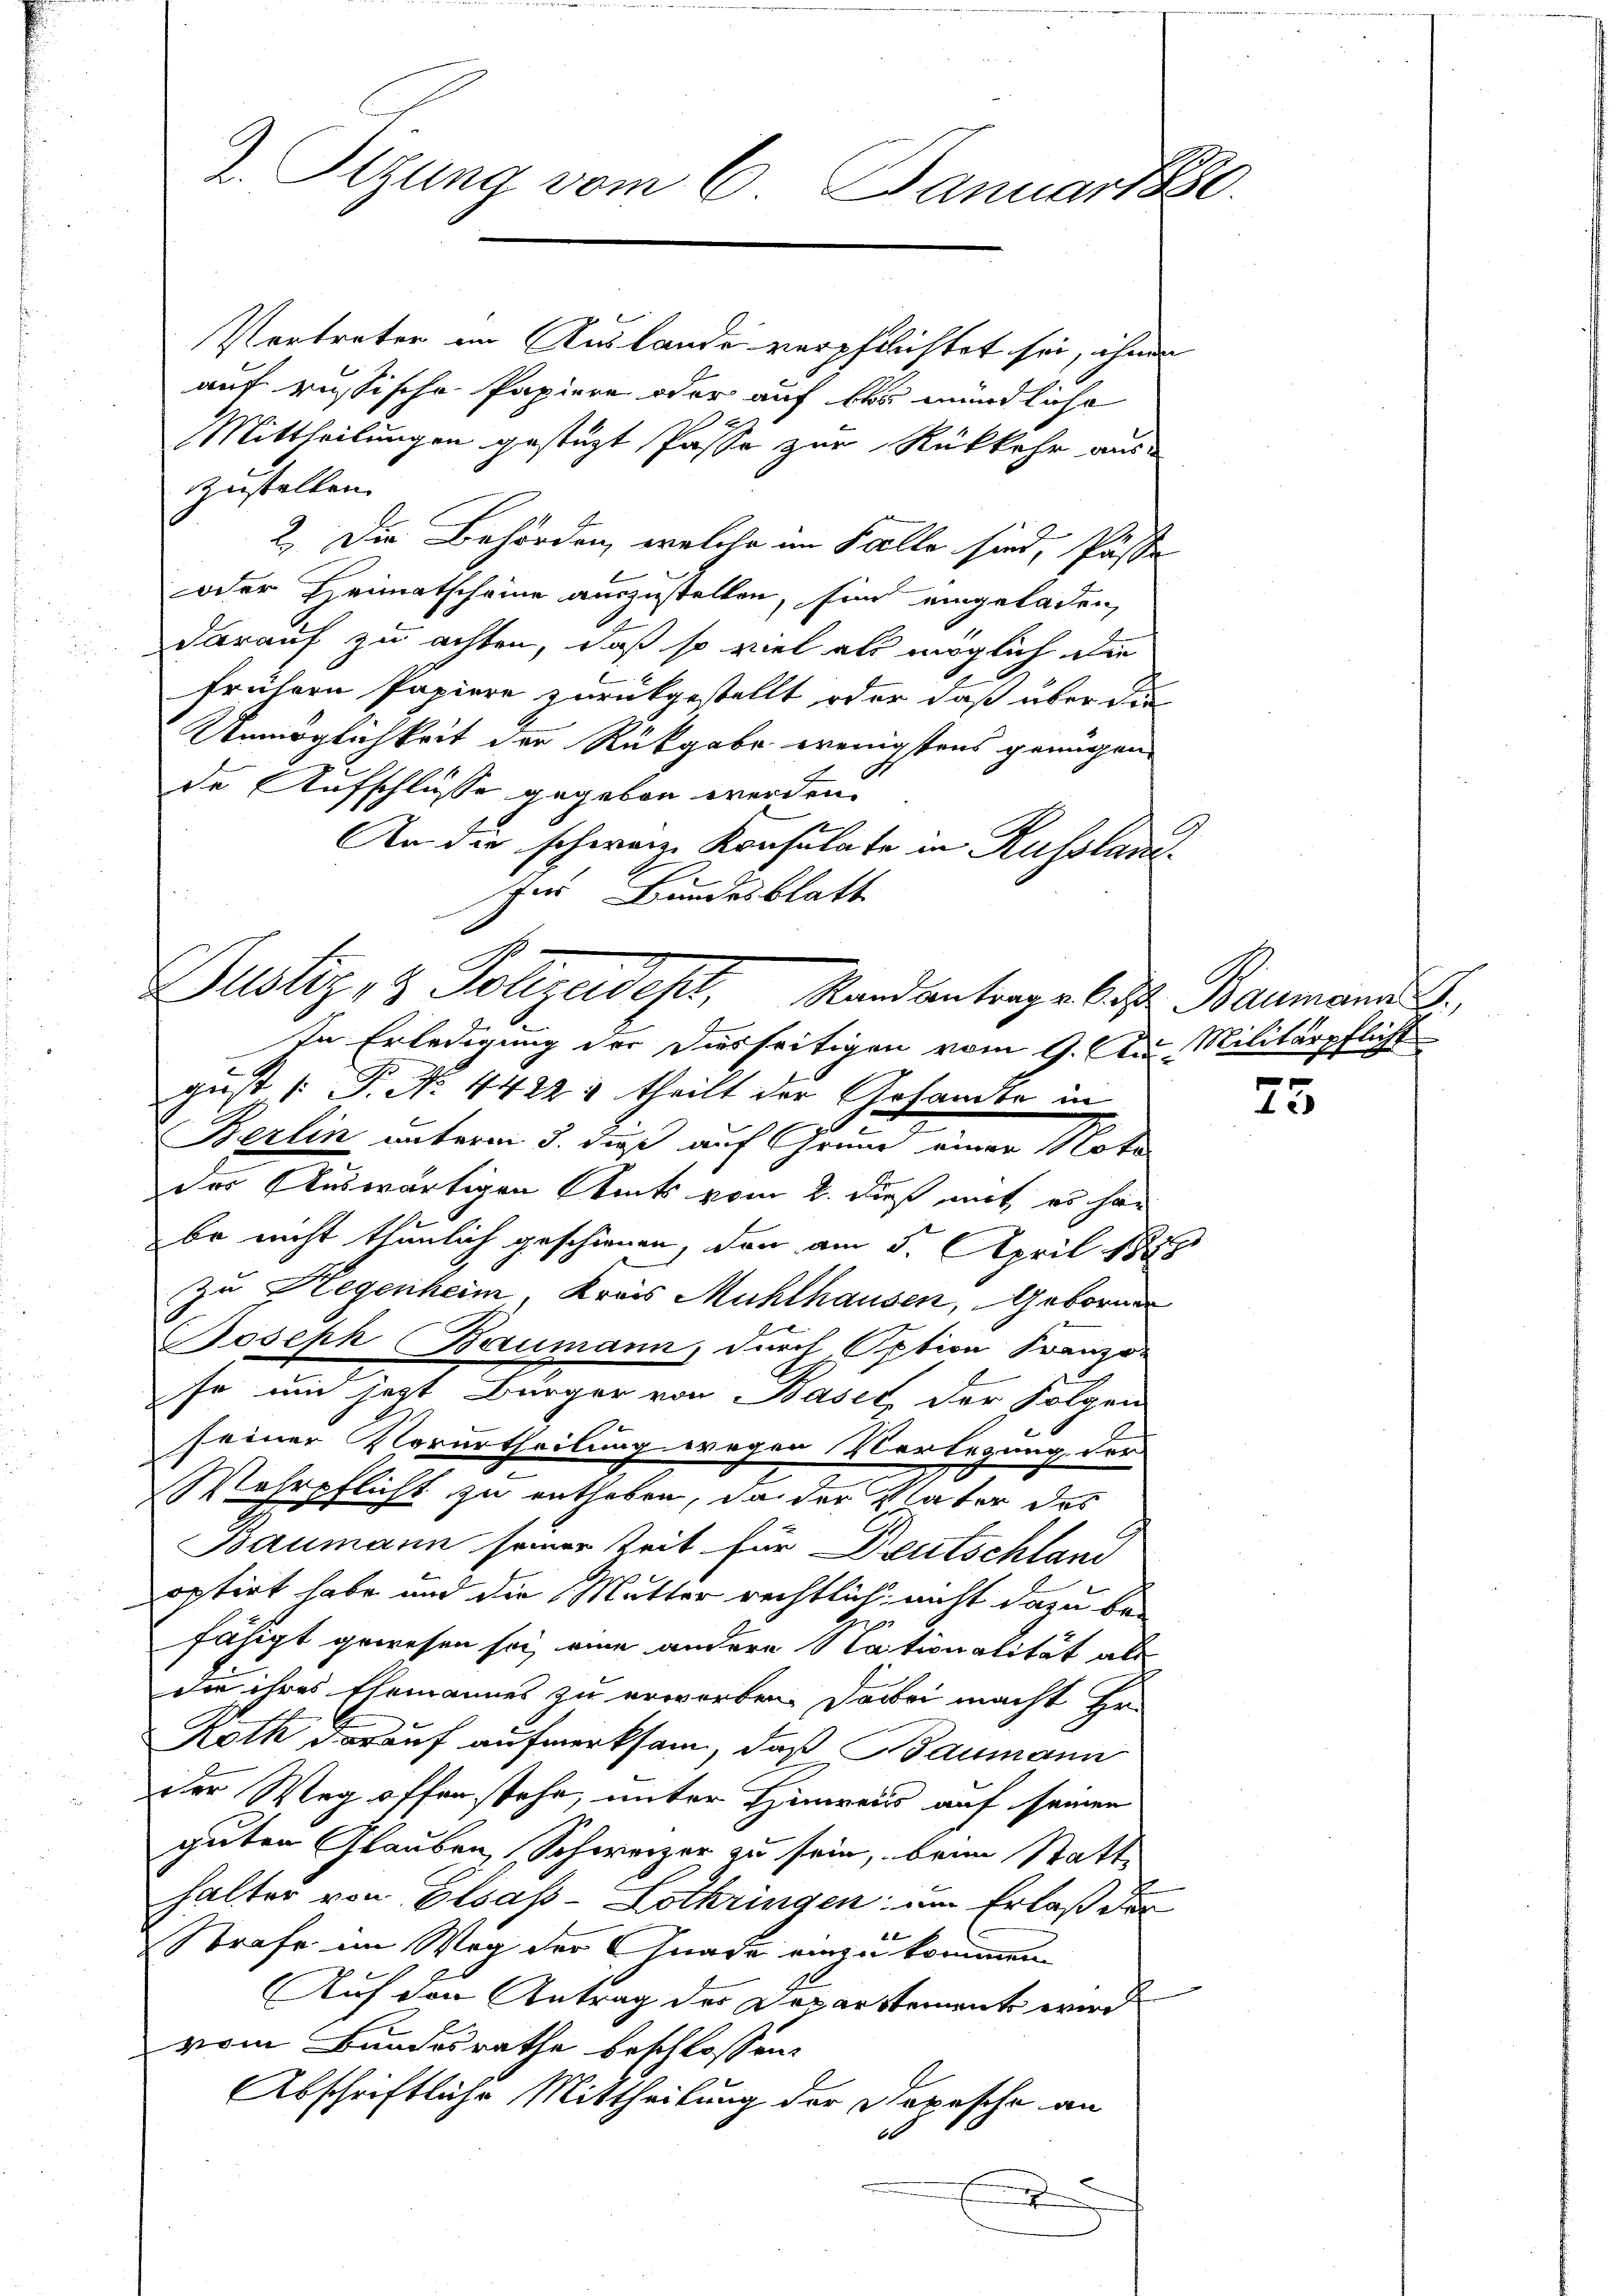
2. Sizung vom 6. Januar 1880.

Vertreter im Auslande verpflichtet sei, ihnen
auf russische Papiere oder auf bei mündliche
Mittheilungen gestüzt Pässe zur Rükkehr aus-
zustellen.
2. Die Behörden, welche im Falle sind, Pässe
oder Heimatscheine auszustellen, sind eingeladen,
darauf zu achten, daß so viel als möglich die
frühern Papiere zurückgestellt oder daß über die
Unmöglichkeit der Rückgabe wenigstens genügen
de Aufschlüsse gegeben werden.
An die schweiz. Konsulate in Russlanfer Bundesblatt
In Erledigung der Diesseitigen vom 9. Aus Militärpflicht
gust [: P. Nr. 4422 & theilt der Gesandte in
Berlin unterm 5. dieß auf Grund einer Nota
der Auswärtigen Amts vom 2. dieß mit es har
be nicht thunlich geschienen, den am 5. April 1848
Zu Regenheim, Kreis Mühlhausen, Geborner
Joseph Baumann, durch Option Franzö-
so und jetzt Bürger von Basel, der Folgen
seiner Verurtheilung wegen Verlegung der
Wehrpflicht zu entheben, da der Vater des
Baumann seiner Zeit für Deutschland
ortirt habe und die Mutter rechtlich nicht dazu be-
s
fähigt gewesen sei, eine andere Stationalität als
die ihres Ehemannes zu erworben. Dabei macht Er-
Roth, darauf aufmerksam, daß Baumann
der Weg offen stehe, unter Hinweiss auf seinen
guten Glauben, Schweizer zu sein, beim Statte
halter von Elsass-Lothringen um Erlaß der
Strafe im Weg der Gnade einzukommen.
¬
Auf den Antrag der Departement wird
vom Bundesrathe beschlossen:
Abschriftliche Mittheilung der Depesche an
60
.

Justiz, 2 Polizeidest, Standantrage des Baumann J.

25